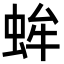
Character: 蛑